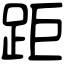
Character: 距